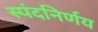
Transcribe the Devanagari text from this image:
स्पंदनिर्णय